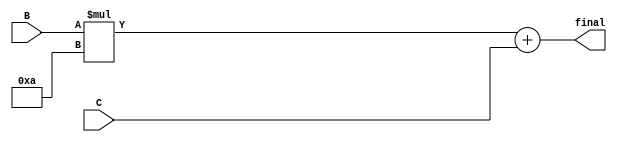
`timescale 1ns / 1ps
//////////////////////////////////////////////////////////////////////////////////
// Company: 
// Engineer: 
// 
// Design Name: 
// Module Name: conv_10
// Project Name: 
// Target Devices: 
// Tool Versions: 
// Description: 
// 
// Dependencies: 
// 
// Revision:
// Revision 0.01 - File Created
// Additional Comments:
// 
//////////////////////////////////////////////////////////////////////////////////


module conv_10(input [0:3] B, C, output [0:6] final);
wire [0:6] tenth;
assign tenth= B* (4'd10);
assign final = tenth+ C;
endmodule